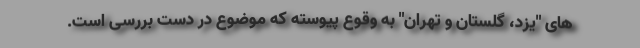
های "یزد، گلستان و تهران" به وقوع پیوسته که موضوع در دست بررسی است.